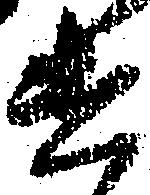
遣